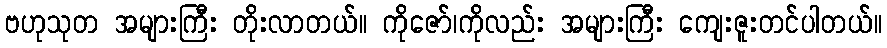
ဗဟုသုတ အများကြီး တိုးလာတယ်။ ကိုဇော်၊ကိုလည်း အများကြီး ကျေးဇူးတင်ပါတယ်။